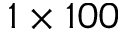
1 \times 1 0 0